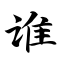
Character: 谁